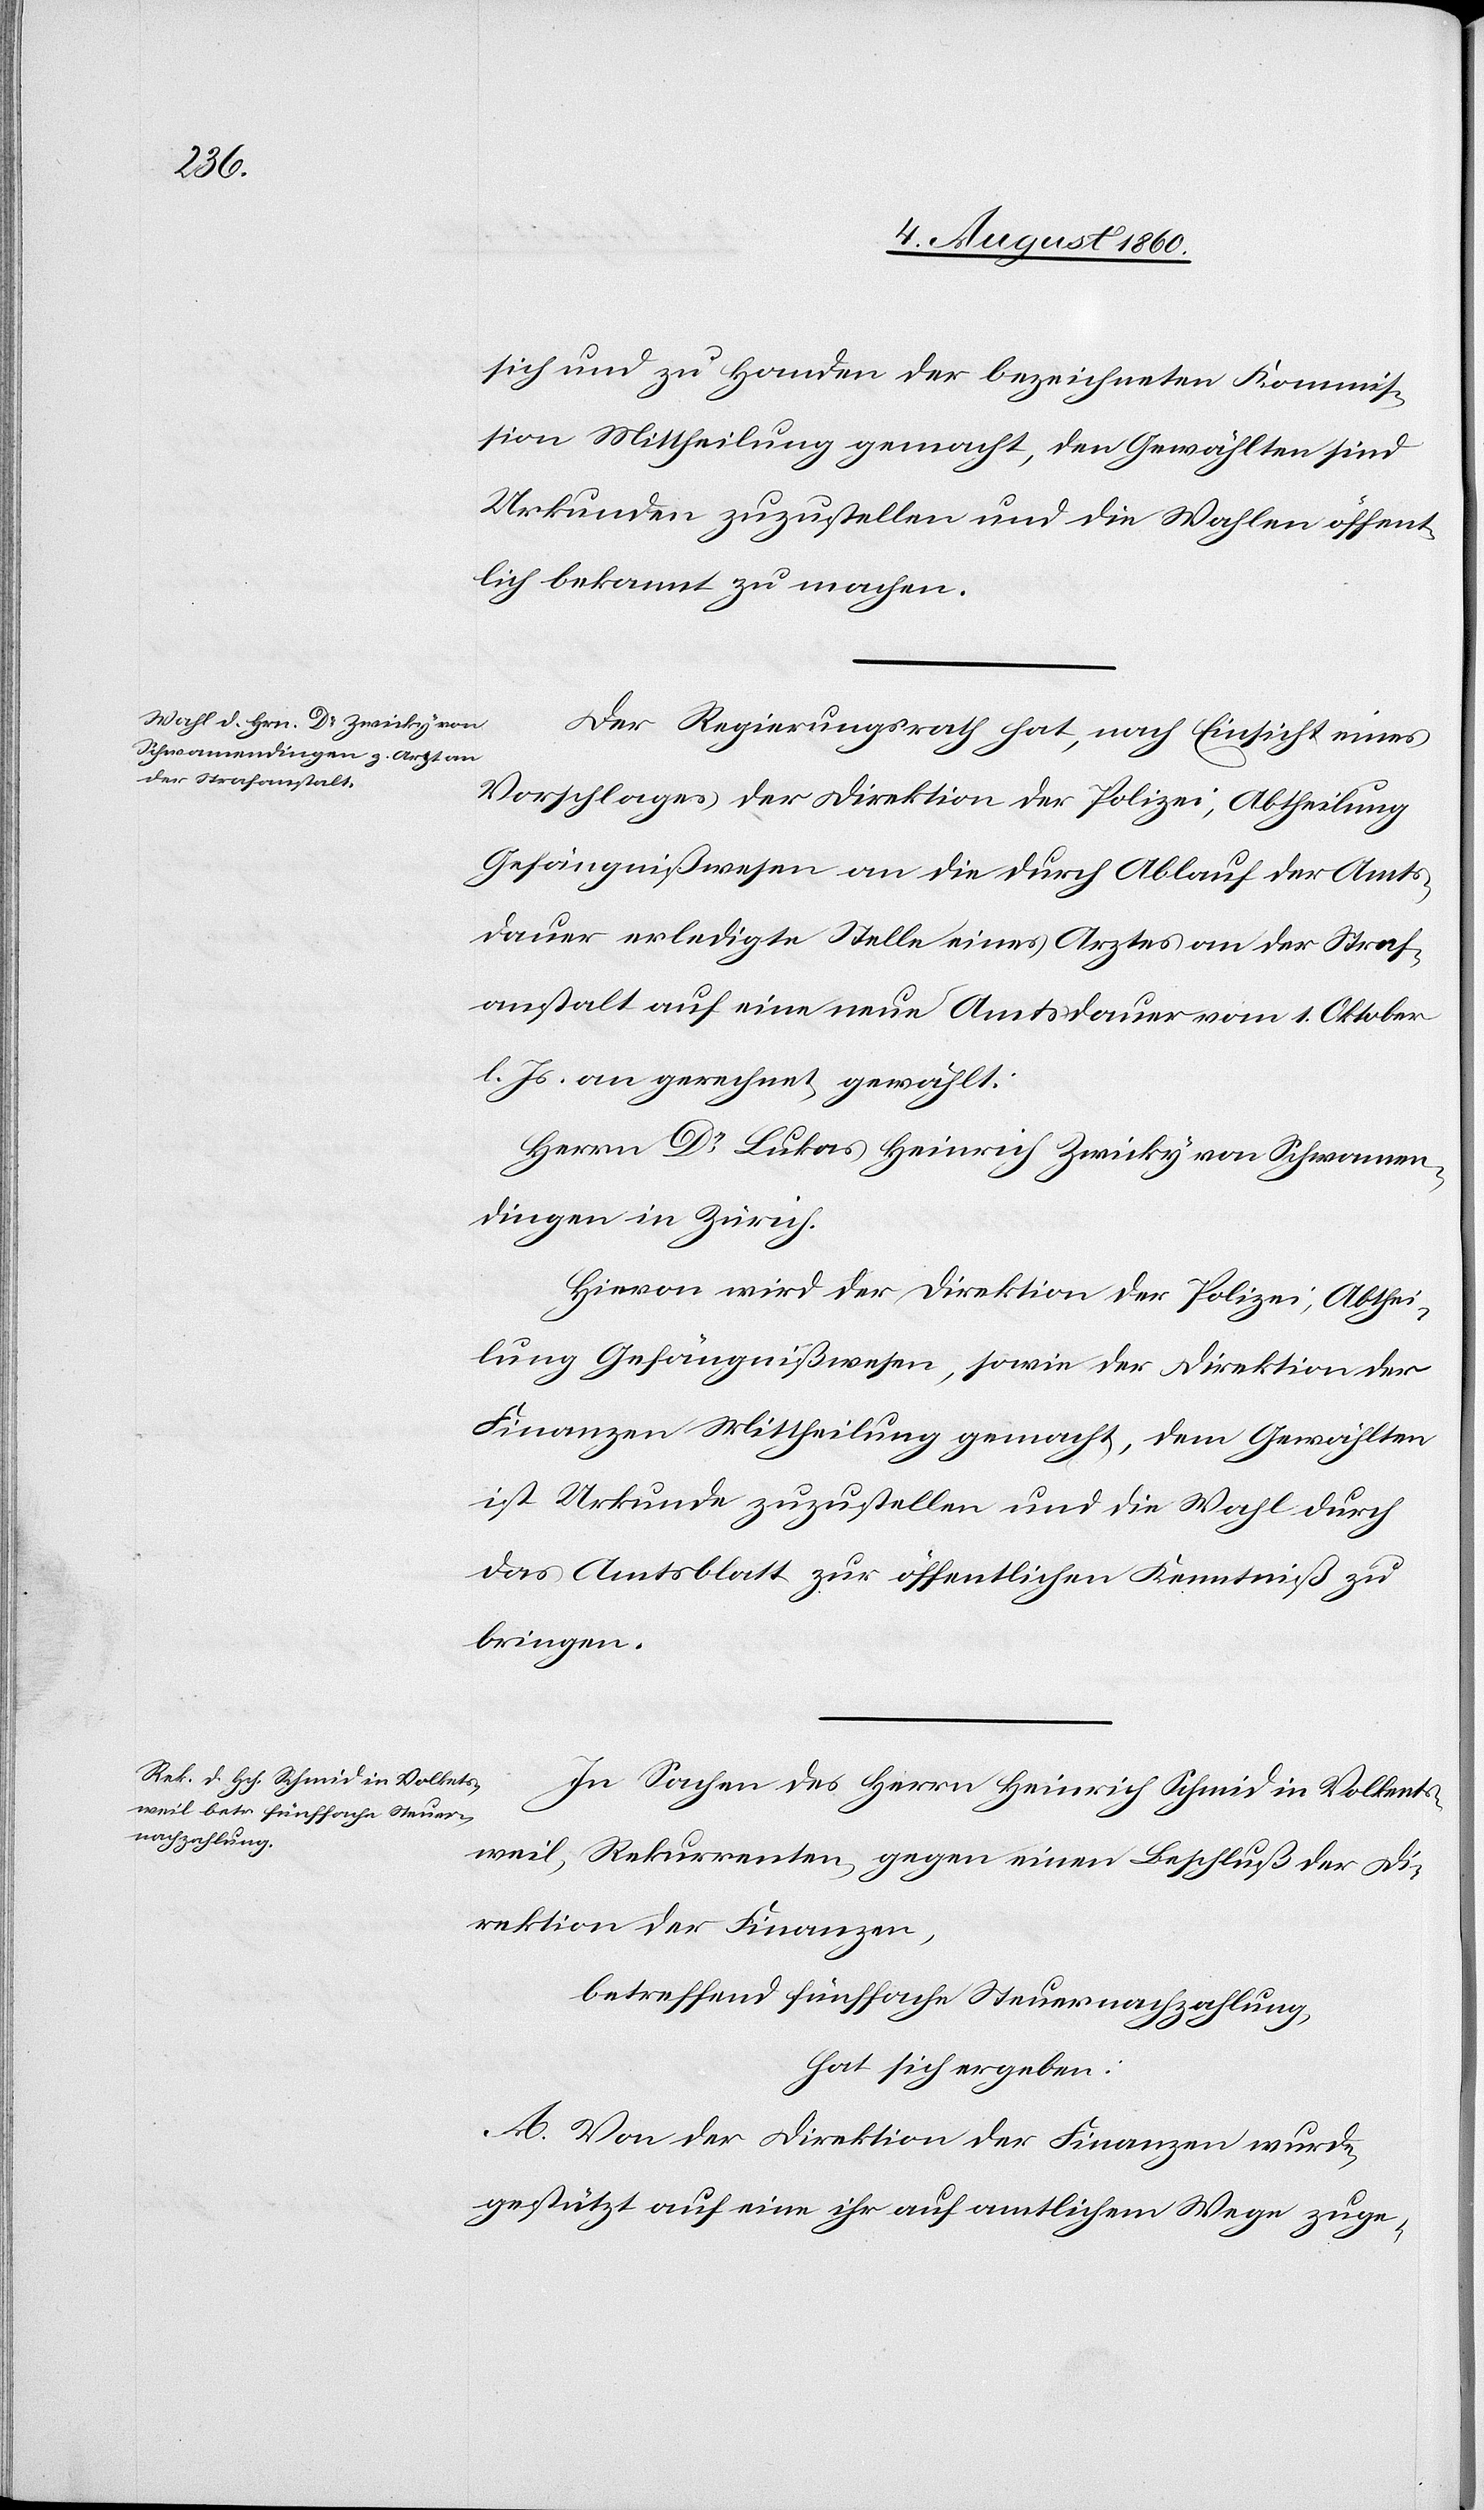
sich und zu Handen der bezeichneten Kommis¬
sion Mittheilung gemacht, den Gewählten sind
Urkunden zuzustellen und die Wahlen öffent¬
lich bekannt zu machen.
Der Regierungsrath hat, nach Einsicht eines
Vorschlages der Direktion der Polizei, Abtheilung
Gefängnisswesen an die durch Ablauf der Amts¬
dauer erledigte Stelle eines Arztes an der Straf¬
anstalt auf eine neue Amtsdauer, vom 1. Oktober
l. Js. angerechnet, gewählt:
Herrn Dr. Lukas Heinrich Zwicky von Schwamen¬
dingen in Zürich.
Hievon wird der Direktion der Polizei, Abthei¬
lung Gefängnißwesen, sowie der Direktion der
Finanzen Mittheilung gemacht, dem Gewählten
ist Urkunde zuzustellen und die Wahl durch
das Amtsblatt zur öffentlichen Kenntniss zu
bringen.
In Sachen des Herrn Heinrich Schmid in Volkents¬
weil, Rekurrenten gegen einen Beschluß der Di¬
rektion der Finanzen
betreffend fünffache Steuernachzahlung
hat sich ergeben:
A. Von der Direktion der Finanzen wurde,
gestützt auf eine ihr auf amtlichem Wege zuge-